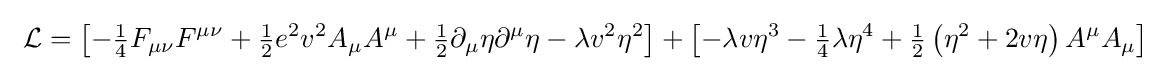
\ {\mathcal {L}}=\left[-{\tfrac {1}{4}}F_{\mu \nu }F^{\mu \nu }+{\tfrac {1}{2}}e^{2}v^{2}A_{\mu }A^{\mu }+{\tfrac {1}{2}}\partial _{\mu }\eta \partial ^{\mu }\eta -\lambda v^{2}\eta ^{2}\right]+\left[-\lambda v\eta ^{3}-{\tfrac {1}{4}}\lambda \eta ^{4}+{\tfrac {1}{2}}\left(\eta ^{2}+2v\eta \right)A^{\mu }A_{\mu }\right]~